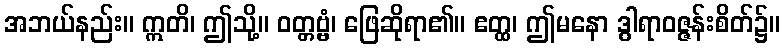
အဘယ်နည်း။ ဣတိ၊ ဤသို့။ ဝတ္တဗ္ဗံ၊ ဖြေဆိုရာ၏။ ဧတ္ထ၊ ဤမနော ဒွါရာဝဇ္ဇန်းစိတ်၌။